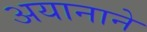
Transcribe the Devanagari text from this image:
अयानाने